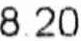
8.20